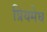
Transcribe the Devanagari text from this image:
प्रियमेघ